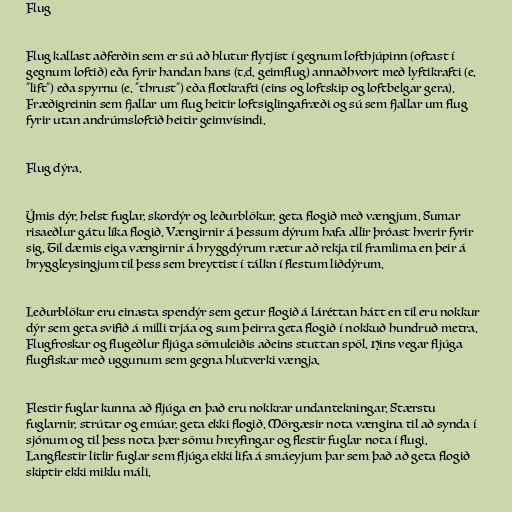
Flug

Flug kallast aðferðin sem er sú að hlutur flytjist í gegnum lofthjúpinn (oftast í
gegnum loftið) eða fyrir handan hans (t.d. geimflug) annaðhvort með lyftikrafti (e.
"lift") eða spyrnu (e. "thrust") eða flotkrafti (eins og loftskip og loftbelgar gera).
Fræðigreinin sem fjallar um flug heitir loftsiglingafræði og sú sem fjallar um flug
fyrir utan andrúmsloftið heitir geimvísindi.

Flug dýra.

Ýmis dýr, helst fuglar, skordýr og leðurblökur, geta flogið með vængjum. Sumar
risaeðlur gátu líka flogið. Vængirnir á þessum dýrum hafa allir þróast hverir fyrir
sig. Til dæmis eiga vængirnir á hryggdýrum rætur að rekja til framlima en þeir á
hryggleysingjum til þess sem breyttist í tálkn í flestum liðdýrum.

Leðurblökur eru einasta spendýr sem getur flogið á láréttan hátt en til eru nokkur
dýr sem geta svifið á milli trjáa og sum þeirra geta flogið í nokkuð hundruð metra.
Flugfroskar og flugeðlur fljúga sömuleiðis aðeins stuttan spöl. Hins vegar fljúga
flugfiskar með uggunum sem gegna hlutverki vængja.

Flestir fuglar kunna að fljúga en það eru nokkrar undantekningar. Stærstu
fuglarnir, strútar og emúar, geta ekki flogið. Mörgæsir nota vængina til að synda í
sjónum og til þess nota þær sömu hreyfingar og flestir fuglar nota í flugi.
Langflestir litlir fuglar sem fljúga ekki lifa á smáeyjum þar sem það að geta flogið
skiptir ekki miklu máli.